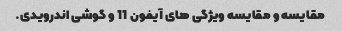
مقایسه و مقایسه ویژگی های آیفون 11 و گوشی اندرویدی.